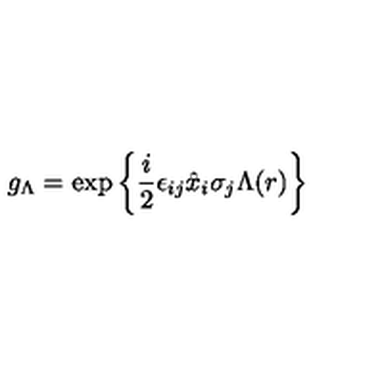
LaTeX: g _ { \Lambda } = \exp \left\{ \frac { i } { 2 } \epsilon _ { i j } \hat { x } _ { i } \sigma _ { j } \Lambda ( r ) \right\}